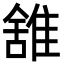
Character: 䧾